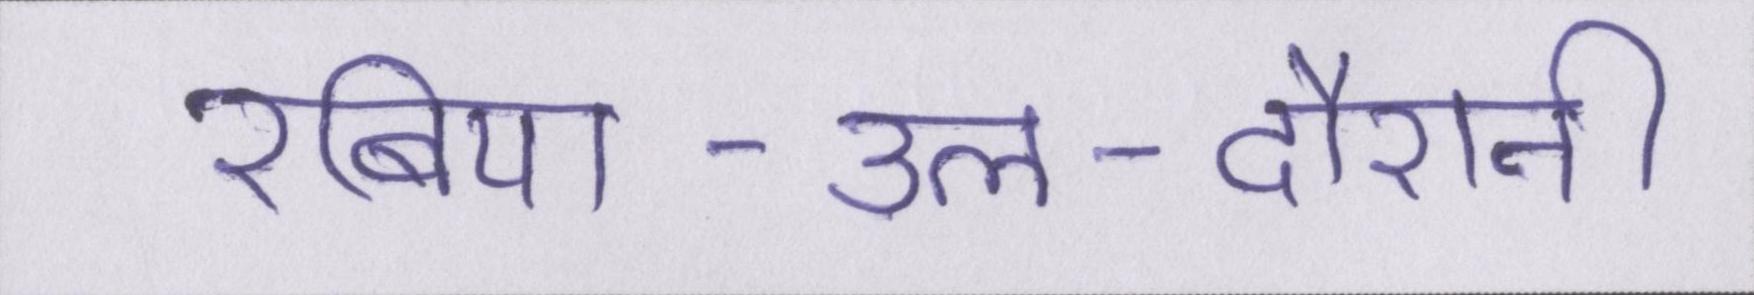
रबिया-उल-दौरानी